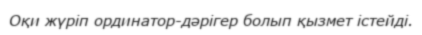
Оқи жүріп ординатор-дәрігер болып қызмет істейді.